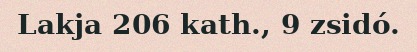
Lakja 206 kath., 9 zsidó.